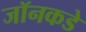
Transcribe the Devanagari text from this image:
जॉनकडे